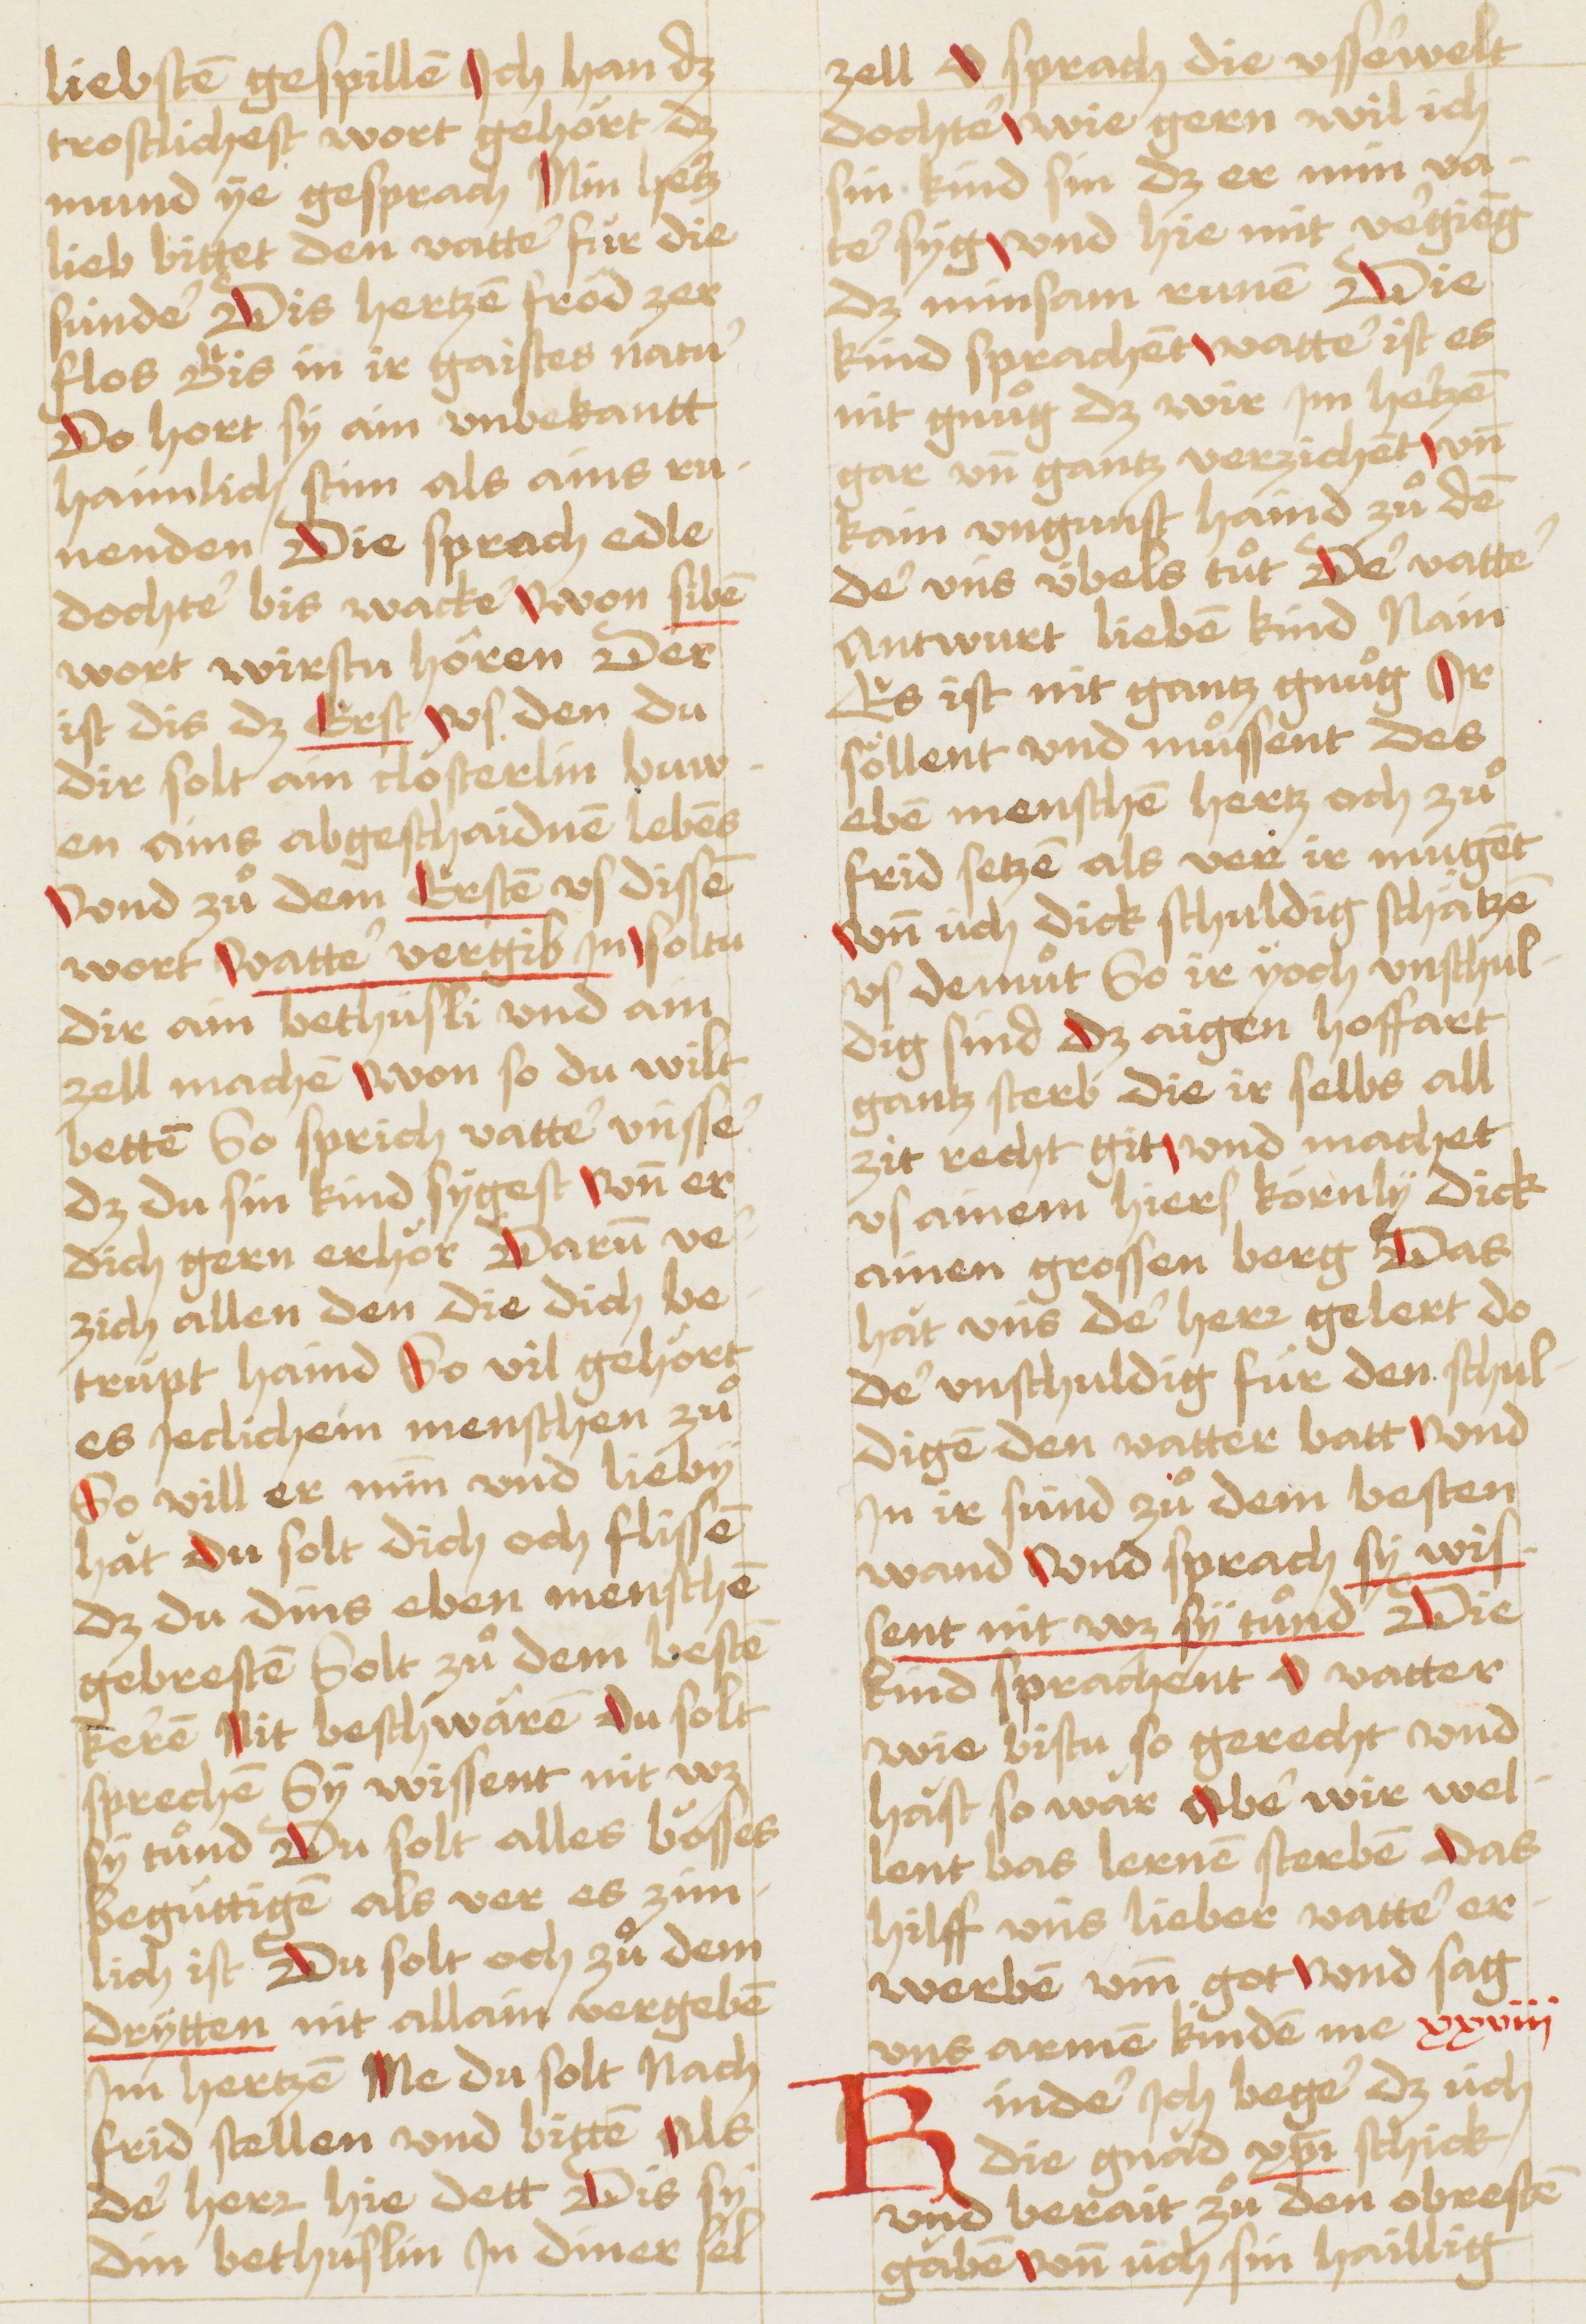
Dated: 1490–1520